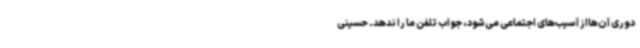
دوری آن‌هااز آسیب‌های اجتماعی می‌شود، جواب تلفن ما را ندهد. حسینی